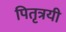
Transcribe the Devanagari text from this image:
पितृत्रयी